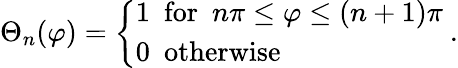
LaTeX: \Theta_{n}(\varphi)=\left\{ \begin{array}{l}{{1\ \ \mathrm{for}\ \ n\pi\leq\varphi\leq(n+1)\pi}}\\ {{0\ \ \mathrm{otherwise}}}\end{array}\right.\ .